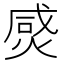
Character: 𤊸